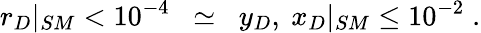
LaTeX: r_{D}|_{SM}<10^{-4}\; \; \simeq\; \; y_{D},\mathrm{\ }x_{D}|_{SM}\leq 10^{-2}\; .